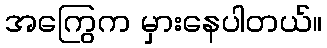
အကြွေက မှားနေပါတယ်။